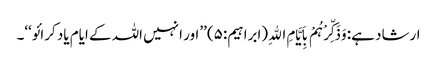
ارشاد ہے: وَذَکِّرْہُمْ بِاَیَّامِ اﷲِ (ابراہیم:۵) ’’اور انہیں اللہ کے ایام یاد کرائو‘‘۔